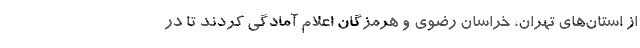
از استان‌های تهران، خراسان رضوی و هرمزگان اعلام آمادگی کردند تا در